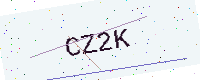
Text: CZ2K